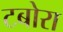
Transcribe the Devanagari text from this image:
टबोरा